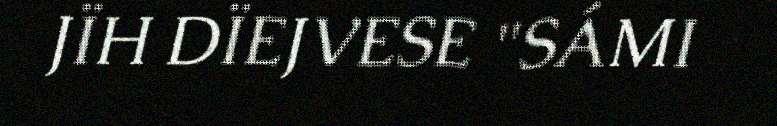
JÏH DÏEJVESE "SÁMI